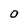
Character: O